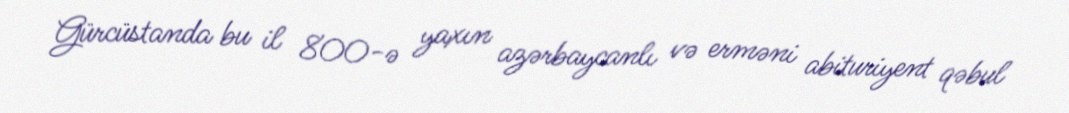
Gürcüstanda bu il 800-ə yaxın azərbaycanlı və erməni abituriyent qəbul